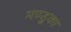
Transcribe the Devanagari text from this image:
मण्डूका